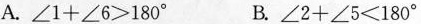
A.$$\ a n g l e 1 + \ a n g l e 6 ≥